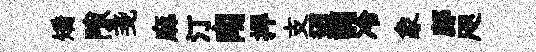
矯隙戔麻汀南捍支迢調冷象鄜咫